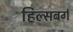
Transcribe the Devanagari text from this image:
हिल्सबर्ग